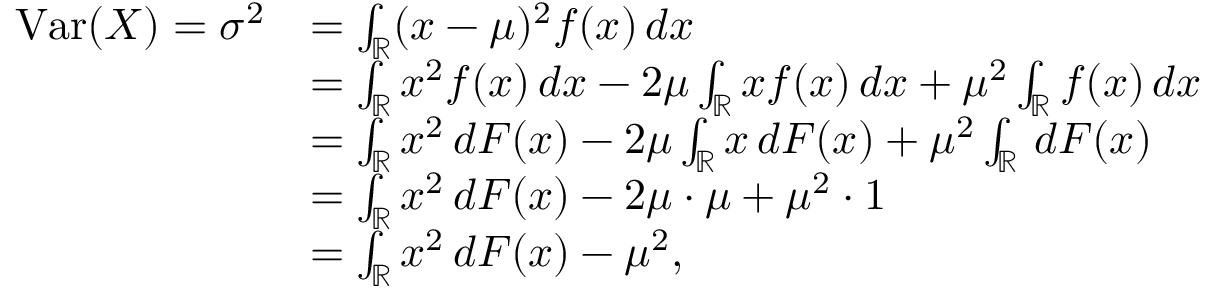
{ \begin{array} { r l } { \operatorname { V a r } ( X ) = \sigma ^ { 2 } } & { = \int _ { \mathbb { R } } ( x - \mu ) ^ { 2 } f ( x ) \, d x } \\ & { = \int _ { \mathbb { R } } x ^ { 2 } f ( x ) \, d x - 2 \mu \int _ { \mathbb { R } } x f ( x ) \, d x + \mu ^ { 2 } \int _ { \mathbb { R } } f ( x ) \, d x } \\ & { = \int _ { \mathbb { R } } x ^ { 2 } \, d F ( x ) - 2 \mu \int _ { \mathbb { R } } x \, d F ( x ) + \mu ^ { 2 } \int _ { \mathbb { R } } \, d F ( x ) } \\ & { = \int _ { \mathbb { R } } x ^ { 2 } \, d F ( x ) - 2 \mu \cdot \mu + \mu ^ { 2 } \cdot 1 } \\ & { = \int _ { \mathbb { R } } x ^ { 2 } \, d F ( x ) - \mu ^ { 2 } , } \end{array} }